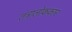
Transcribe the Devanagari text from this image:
तंत्रालोककार